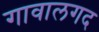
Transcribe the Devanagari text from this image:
गावालगद